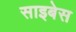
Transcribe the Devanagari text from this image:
साइबेस